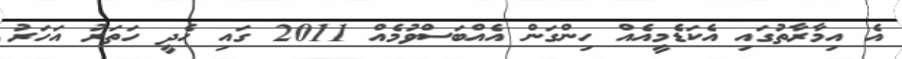
އެ އިމާރާތުގައި އެކަޑެމީއެއް ހިންގަން އެއްބަސްވުމެއް 2011 ގައި ހެދީ ހަތަރު އަހަރު